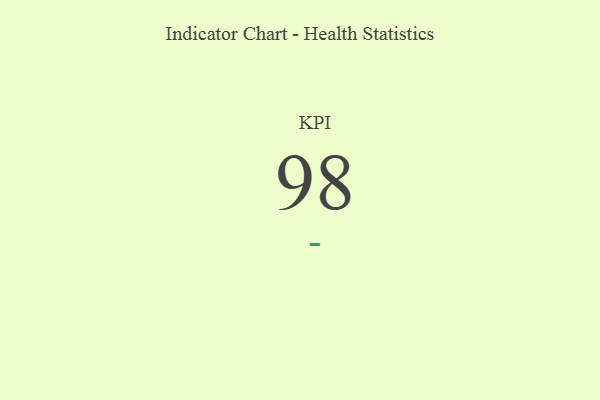
{"axis": {"x": "KPI", "y": "Value"}, "legend": [""], "data": [{"x": "KPI", "y": 98, "type": ""}]}